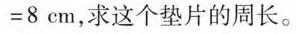
= 8 c m$$ ，求这个垫片的周长。